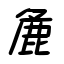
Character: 麁